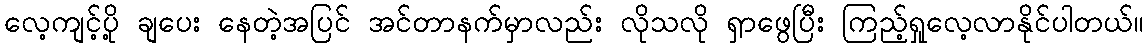
လေ့ကျင့်ပို့ ချပေး နေတဲ့အပြင် အင်တာနက်မှာလည်း လိုသလို ရှာဖွေပြီး ကြည့်ရှုလေ့လာနိုင်ပါတယ်။